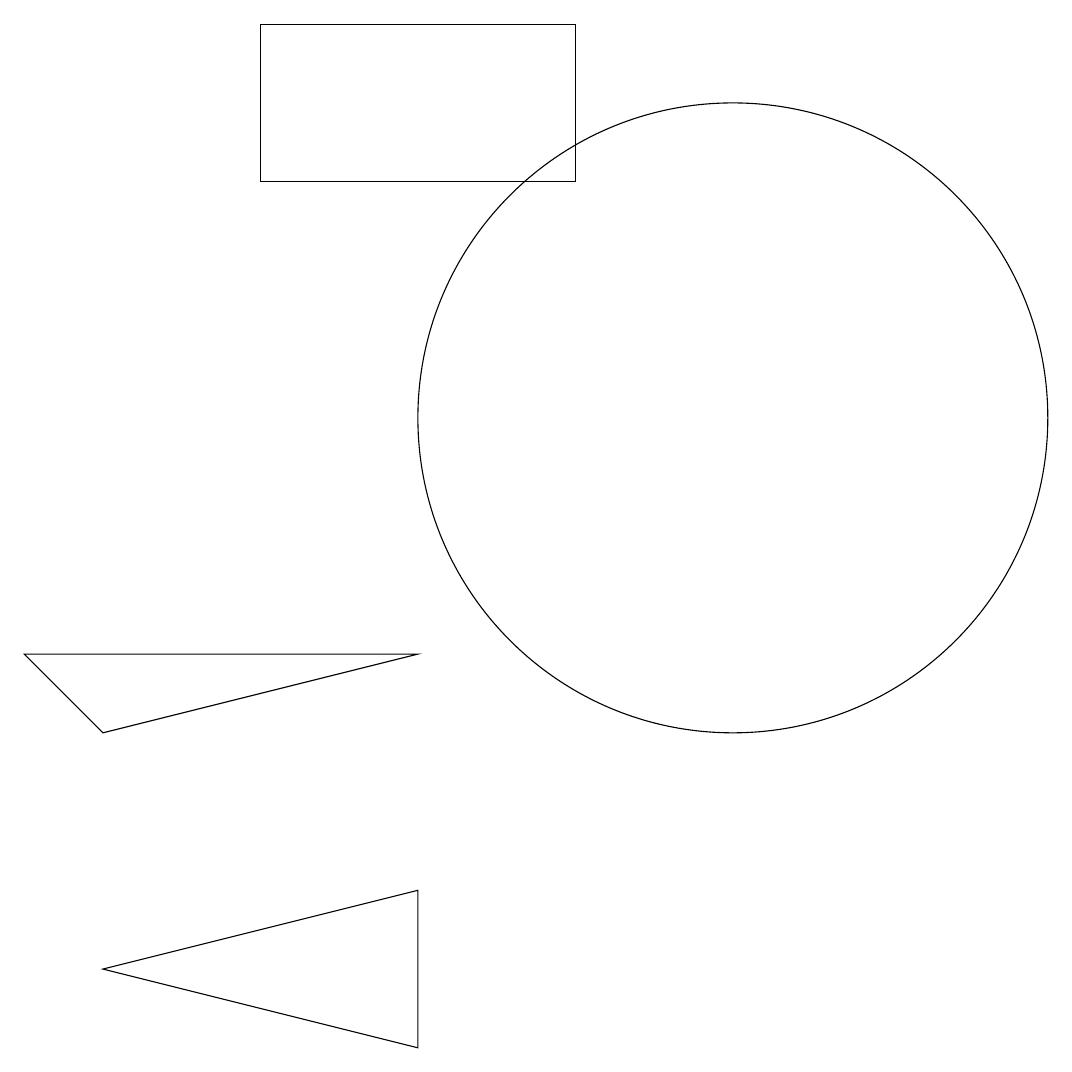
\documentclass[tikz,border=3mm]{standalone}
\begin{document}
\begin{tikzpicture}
\draw (7,3) -- (3,4) -- (7,5) -- cycle;
\draw (11,11) circle (4);
\draw (7,8) -- (2,8) -- (3,7) -- cycle;
\draw (9,16) rectangle (5,14);
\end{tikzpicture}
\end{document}